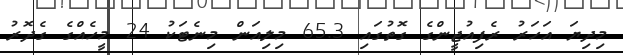
މިދިޔަ އަހަރު ރެފިއުޖީންގެ ގޮތުގައި 65.3 މިލިއަން މިނެޓަކު 24 މީހެއްގެ ގެދޮރު